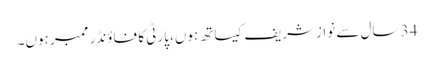
34 سال سے نوازشریف کیساتھ ہوں، پارٹی کا فاؤنڈر ممبر ہوں۔